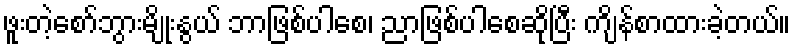
ဖူးတဲ့စော်ဘွားမျိုးနွယ် ဘာဖြစ်ပါစေ၊ ညာဖြစ်ပါစေဆိုပြီး ကျိန်စာထားခဲ့တယ်။